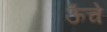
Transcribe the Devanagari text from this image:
ऊॅंचे